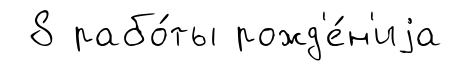
8 рабо́ты рожд'е́н'иjа